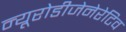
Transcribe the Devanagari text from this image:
न्यूरोडीजेनेरेटिव